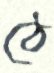
ঠে